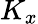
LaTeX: K_{x}